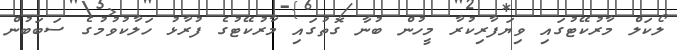
ލޯކަލް މާރުކޭޓުގައި ވިޔަފާރިކުރާ މީހުން ބުނާ ގޮތުގައި މާރުކޭޓުގެ ފުރާޅު ހަލާކުވުމުގެ ސަބަބުން